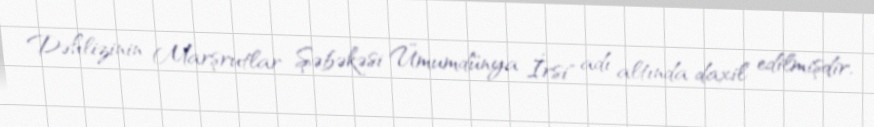
Dəhlizinin Marşrutlar Şəbəkəsi Ümumdünya İrsi" adı altında daxil edilmişdir.